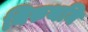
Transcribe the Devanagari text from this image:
थिरुथनि